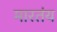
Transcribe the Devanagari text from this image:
मारतंय